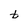
Character: t